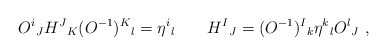
\begin{align*}O^i{}_JH^J{}_K(O^{-1})^K{}_l=\eta^i{}_l\qquad H^I{}_J=(O^{-1})^I{}_k\eta^k{}_lO^l{}_J\ ,\end{align*}